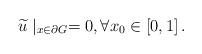
LaTeX: \begin{align*}\widetilde{u}\mid _{x\in \partial G}=0,\forall x_{0}\in \left[ 0,1\right] .\end{align*}